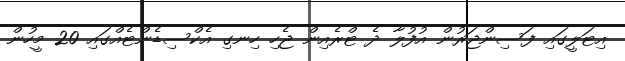
އިޓަލީގައި ފަސިންޖަރުން އުފުލާ ދެ ޓްރެއިން ޖެހި ހިނގި އެކްސިޑެންޓެއްގައި 20 މީހުން